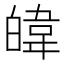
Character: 𪾃